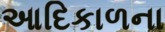
આદિકાળના